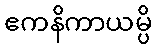
ဧကနိကာယမ္ပိ